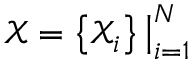
\mathcal { X } = \left\{ \mathcal { X } _ { i } \right\} \big | _ { i = 1 } ^ { N }